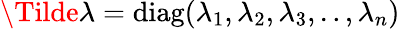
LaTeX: \Tilde{\lambda}=\mathrm{diag(}\lambda_{1},\lambda_{2},\lambda_{3},..,\lambda_{n})